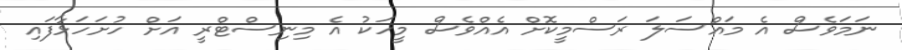
ނަމަވެސް އެ މައްސަލަ ރަސްމީކޮށް އެއްވެސް މީހަކު އެ މިނިސްޓްރީ އަށް ހުށަހަޅާފައި